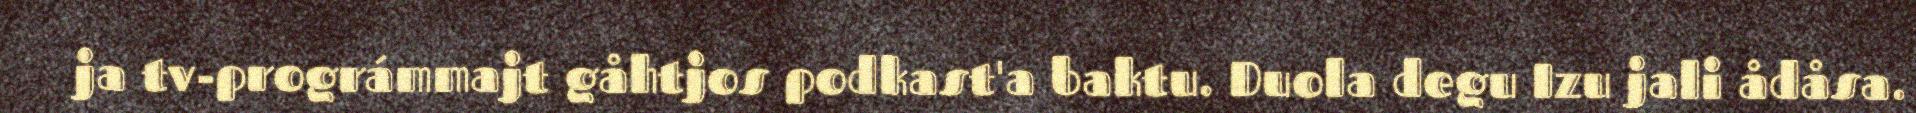
ja tv-prográmmajt gåhtjos podkast'a baktu. Duola degu Izu jali ådåsa.